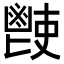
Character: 𩰢